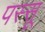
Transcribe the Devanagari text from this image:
पस्सू